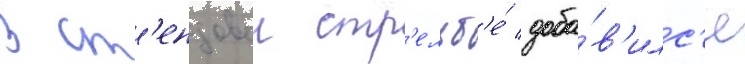
В ст'ендовои стр'ельб'е́ доба́в'илс'я